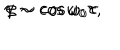
\gamma \sim \cos \omega _ { 0 } \tau , \hspace { 1 c m } \zeta \sim \cos \omega _ { 0 } \tau